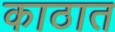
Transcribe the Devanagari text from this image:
काठात